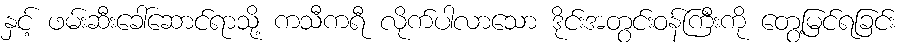
နှင့် ဖမ်းဆီးခေါ်ဆောင်ရာသို့ ကသီကရီ လိုက်ပါလာသော ဒိုင်းအတွင်းဝန်ကြီးကို တွေ့မြင်ရခြင်း